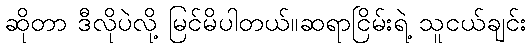
ဆိုတာ ဒီလိုပဲလို့ မြင်မိပါတယ်။ဆရာငြိမ်းရဲ့ သူငယ်ချင်း